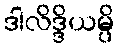
ဒါလိဒ္ဒိယမ္ပိ